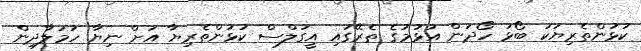
ކުޅުންތެރިޔަކު ބޯޅަ ހޯދަން އުޅުމުގެ ތެރޭގައި އީގަލްސް ކުޅުންތެރިޔާ އަށް ނިޔާ ހަމަލާދިން